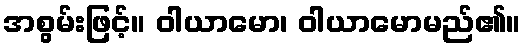
အစွမ်းဖြင့်။ ဝါယာမော၊ ဝါယာမောမည်၏။